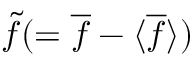
\tilde { f } ( = \overline { { f } } - \langle { \overline { { f } } } \rangle )